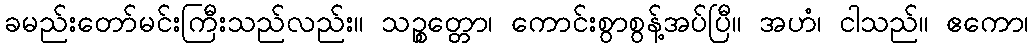
ခမည်းတော်မင်းကြီးသည်လည်း။ သဉ္စတ္တော၊ ကောင်းစွာစွန့်အပ်ပြီ။ အဟံ၊ ငါသည်။ ဧကော၊